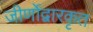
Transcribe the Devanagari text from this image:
जीर्णोद्वारकृत